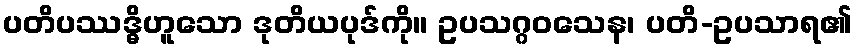
ပတိပဿဒ္ဓိဟူသော ဒုတိယပုဒ်ကို။ ဥပသဂ္ဂဝသေန၊ ပတိ-ဥပသာရ၏